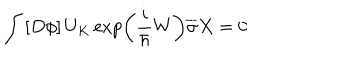
LaTeX: \int \left[ D \phi \right] U _ { K } \exp \left( \frac i \hbar W \right) \overline { { { \sigma } } } X = 0